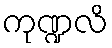
ကုဏ္ဍလိ